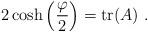
LaTeX: \begin{align*}2 \cosh \left(\frac{\varphi}{2}\right) = \mathrm{tr}(A)~.\end{align*}